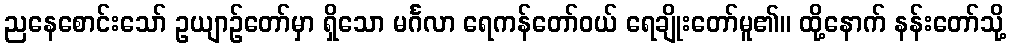
ညနေစောင်းသော် ဥယျာဉ်တော်မှာ ရှိသော မင်္ဂလာ ရေကန်တော်ဝယ် ရေချိုးတော်မူ၏။ ထို့နောက် နန်းတော်သို့